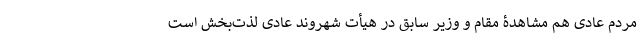
مردم عادی هم مشاهدۀ مقام و وزیر سابق در هیأت شهروند عادی لذت‌بخش است